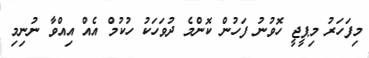
މިފަހަރު މިޕީޖީ ހޮވުނު ފަހުން ކޮންމެ ދުވަަހަކު ހުކުމް އެއް އިއްވާ ނުނިމި